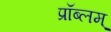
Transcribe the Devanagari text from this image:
प्रॉब्लम्